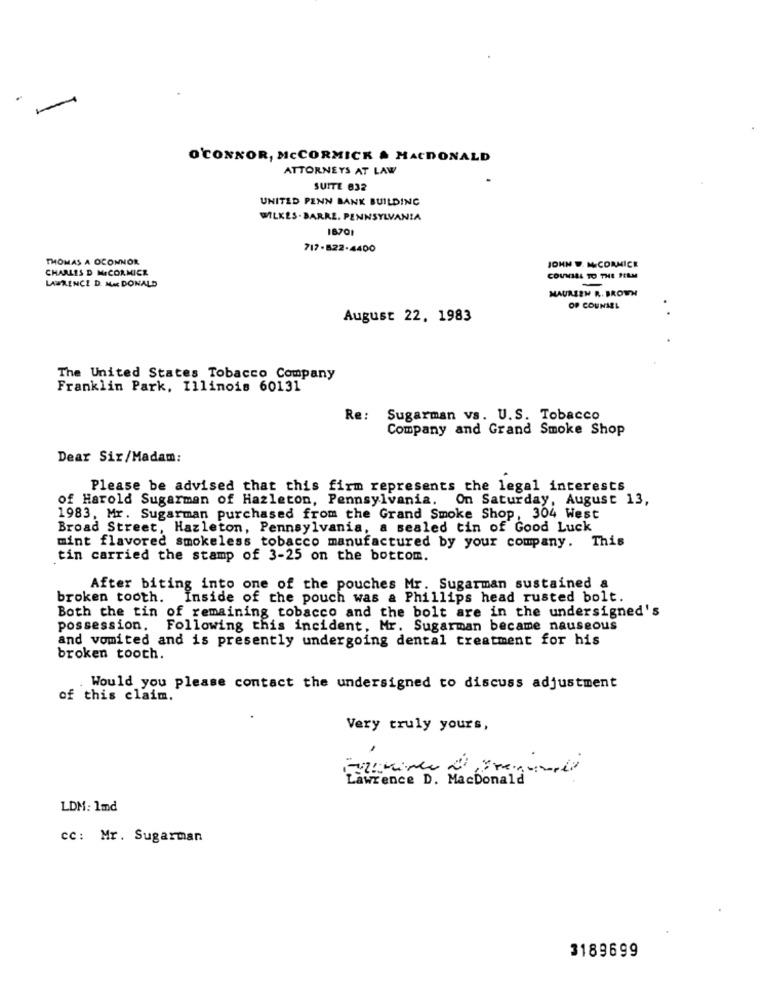
O'CONNOR, MCCORMICK & MACDONALD
ATTORNEYS AT LAW
SUITE 832
UNITED PENN BANK BUILDING
WILKES - BARRE. PENNSYLVANIA
18701
717-822-4400
THOMAS A OCONNOR
CHARLES D MICORMICK
JOHN . MICORMICK
COUMIAL TO THE HELM
LAWRENCE D. M& DONALD
MAUREEN R. BROWN
OF COUNSEL
August 22. 1983
The United States Tobacco Company
Franklin Park, Illinois 60131
Re: Sugarman vs. U.S. Tobacco
Company and Grand Smoke Shop
Dear Sir/Madam:
Please be advised that this firm represents the legal interests
of Harold Sugarman of Hazleton, Pennsylvania. On Saturday, August 13,
1983, Mr. Sugarman purchased from the Grand Smoke Shop, 304 West
Broad Street, Hazleton, Pennsylvania, a sealed tin of Good Luck
mint flavored smokeless tobacco manufactured by your company. This
tin carried the stamp of 3-25 on the bottom.
After biting into one of the pouches Mr. Sugarman sustained a
broken tooth. Inside of the pouch was a Phillips head rusted bolt.
Both the tin of remaining tobacco and the bolt are in the undersigned's
possession, Following this incident, Mr. Sugarman became nauseous
and vomited and is presently undergoing dental treatment for his
broken tooth.
Would you please contact the undersigned to discuss adjustment
of this claim.
Very truly yours,
Lawrence D. MacDonald
LDM: 1md
cc: Mr. Sugarman
3189699